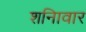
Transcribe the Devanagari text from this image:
शनिावार